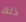
ذلك